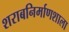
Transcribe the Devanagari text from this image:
शराबनिर्माणशाला